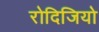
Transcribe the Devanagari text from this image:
रोदिजियो